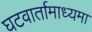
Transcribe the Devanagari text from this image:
घटवार्तामाध्यमा